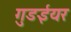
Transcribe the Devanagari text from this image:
गुडईयर